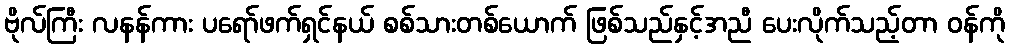
ဗိုလ်ကြီး လနန်ကား ပရော်ဖက်ရှင်နယ် စစ်သားတစ်ယောက် ဖြစ်သည်နှင့်အညီ ပေးလိုက်သည့်တာ ဝန်ကို